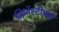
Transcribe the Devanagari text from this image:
जिम्नॅस्टीक्स